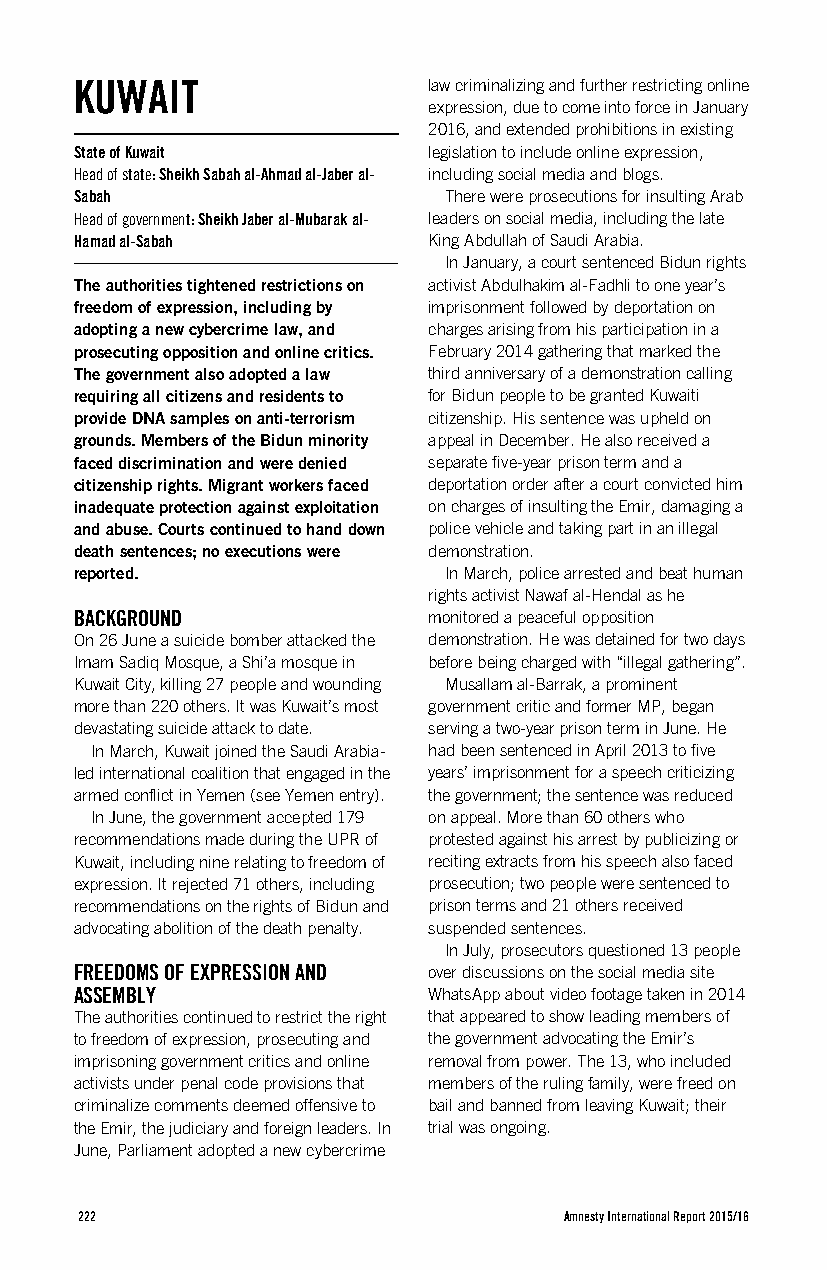
KUWAIT                 law criminalizing and further restricting online
 expression, due to come into force in January
 2016, and extended prohibitions in existing
 State of Kuwait        legislation to include online expression,
 Head of state: Sheikh Sabah al-Ahmad al-Jaber al- including social media and blogs.
 Sabah                   There were prosecutions for insulting Arab
 Head of government: Sheikh Jaber al-Mubarak al- leaders on social media, including the late
 Hamad al-Sabah         King Abdullah of Saudi Arabia.
 In January, a court sentenced Bidun rights
 The authorities tightened restrictions on activist Abdulhakim al-Fadhli to one year’s
 freedom of expression, including by imprisonment followed by deportation on
 adopting a new cybercrime law, and charges arising from his participation in a
 prosecuting opposition and online critics. February 2014 gathering that marked the
 The government also adopted a law third anniversary of a demonstration calling
 requiring all citizens and residents to for Bidun people to be granted Kuwaiti
 provide DNA samples on anti-terrorism citizenship. His sentence was upheld on
 grounds. Members of the Bidun minority appeal in December. He also received a
 faced discrimination and were denied separate five-year prison term and a
 citizenship rights. Migrant workers faced deportation order after a court convicted him
 inadequate protection against exploitation on charges of insulting the Emir, damaging a
 and abuse. Courts continued to hand down police vehicle and taking part in an illegal
 death sentences; no executions were demonstration.
 reported.               In March, police arrested and beat human
 rights activist Nawaf al-Hendal as he
 BACKGROUND             monitored a peaceful opposition
 On 26 June a suicide bomber attacked the demonstration. He was detained for two days
 Imam Sadiq Mosque, a Shi’a mosque in before being charged with “illegal gathering”.
 Kuwait City, killing 27 people and wounding Musallam al-Barrak, a prominent
 more than 220 others. It was Kuwait’s most government critic and former MP, began
 devastating suicide attack to date. serving a two-year prison term in June. He
 In March, Kuwait joined the Saudi Arabia- had been sentenced in April 2013 to five
 led international coalition that engaged in the years’ imprisonment for a speech criticizing
 armed conflict in Yemen (see Yemen entry). the government; the sentence was reduced
 In June, the government accepted 179 on appeal. More than 60 others who
 recommendations made during the UPR of protested against his arrest by publicizing or
 Kuwait, including nine relating to freedom of reciting extracts from his speech also faced
 expression. It rejected 71 others, including prosecution; two people were sentenced to
 recommendations on the rights of Bidun and prison terms and 21 others received
 advocating abolition of the death penalty. suspended sentences.
 In July, prosecutors questioned 13 people
 FREEDOMS OF EXPRESSION AND over discussions on the social media site
 ASSEMBLY               WhatsApp about video footage taken in 2014
 The authorities continued to restrict the right that appeared to show leading members of
 to freedom of expression, prosecuting and the government advocating the Emir’s
 imprisoning government critics and online removal from power. The 13, who included
 activists under penal code provisions that members of the ruling family, were freed on
 criminalize comments deemed offensive to bail and banned from leaving Kuwait; their
 the Emir, the judiciary and foreign leaders. In trial was ongoing.
 June, Parliament adopted a new cybercrime
 222                             Amnesty International Report 2015/16